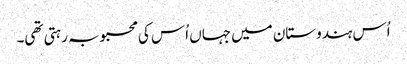
اُس ہندوستان میں جہاں اُس کی محبوبہ رہتی تھی۔